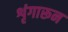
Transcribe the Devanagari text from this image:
शृंगारून